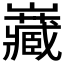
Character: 𭗶